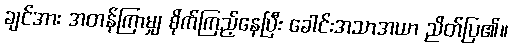
ချင်အား အတန်ကြာမျှ စိုက်ကြည့်နေပြီး ခေါင်းအသာအယာ ညိတ်ပြ၏။